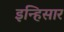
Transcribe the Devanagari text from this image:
इन्हिसार